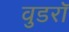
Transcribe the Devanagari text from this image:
वुडरॉ